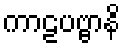
ကာဠပဗ္ဗာနိ